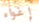
إغواء